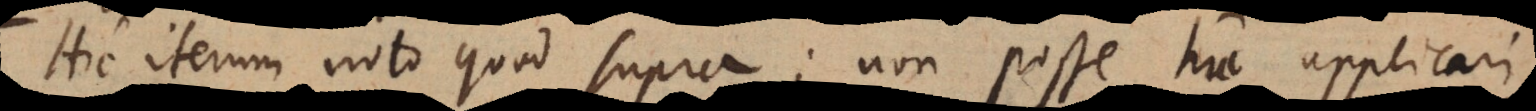
Hic iterum noto quod supra; non posse huc applicari